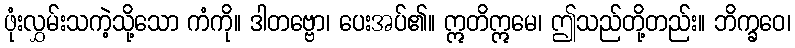
ဖုံးလွှမ်းသကဲ့သို့သော ကံကို။ ဒါတဗ္ဗော၊ ပေးအပ်၏။ ဣတိဣမေ၊ ဤသည်တို့တည်း။ ဘိက္ခဝေ၊